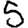
Digit: 5